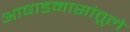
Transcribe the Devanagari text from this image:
आषाडमासांतूले